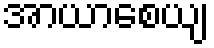
အာယာစေယျ